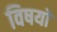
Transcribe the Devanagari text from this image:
विषयाें